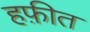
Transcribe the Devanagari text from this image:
हफ़ीत